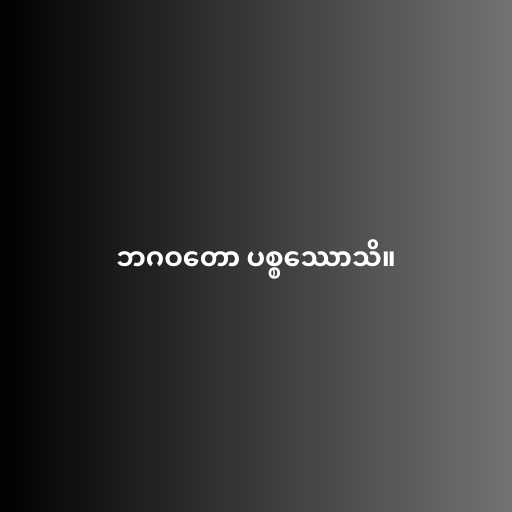
ဘဂဝတော ပစ္စဿောသိ။